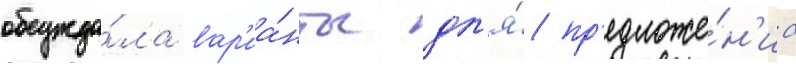
обсужда́ла вар'иа́нты дл'я́ пр'едложе́н'иа